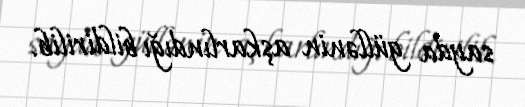
sayda güllənin aşkarlındığı bildirilib.